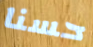
حسنا